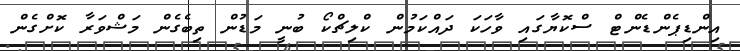
އިންޑިޕެންޑެންޓް ސްކޮޔާގައި ވާހަކަ ދައްކަމުން ކްލިޗްކޯ ބުނީ މަޑުން ތިބެގެން މަޝްވަރާ ކޮށްގެން